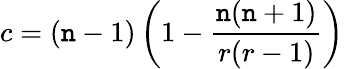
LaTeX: c=(\mathtt{n}-1)\left(1-\frac{{\mathtt{n}(\mathtt{n}+1)}}{{r(r-1)}}\right)